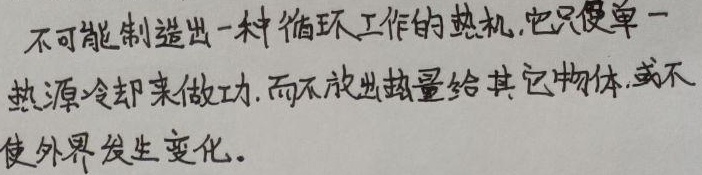
不可能制造出一种循环工作的热机，它只靠单一热源冷却来做功，而不放出热量给其它物体，或不使外界发生变化。